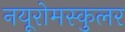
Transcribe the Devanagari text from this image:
नयूरोमस्कुलर